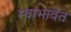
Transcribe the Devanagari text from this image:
स्वाभावत